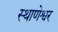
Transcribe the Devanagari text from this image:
स्थाणेश्वर